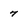
Character: 7